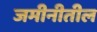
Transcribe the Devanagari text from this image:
जमीनीतील